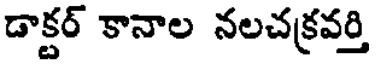
డాక్టర్ కానాల నలచక్రవర్తి